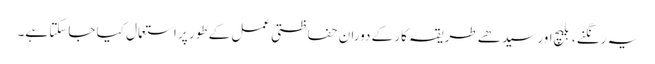
یہ رنگنے ، بلیچ اور سیدھے طریقہ کار کے دوران حفاظتی عمل کے طور پر استعمال کیا جاسکتا ہے۔